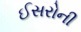
ઈસરોની